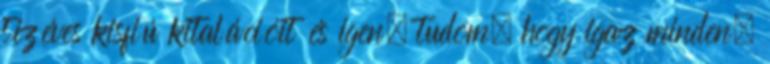
tízéves kisfiú kitalációit és igen, tudom, hogy igaz minden,